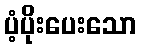
ပံ့ပိုးပေးသော